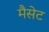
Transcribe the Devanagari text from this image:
मैसेट